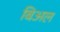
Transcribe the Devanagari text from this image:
बिअल